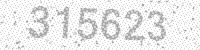
Solution: 315623